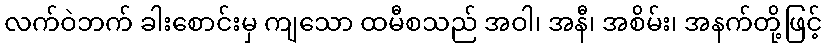
လက်ဝဲဘက် ခါးစောင်းမှ ကျသော ထမီစသည် အဝါ၊ အနီ၊ အစိမ်း၊ အနက်တို့ဖြင့်